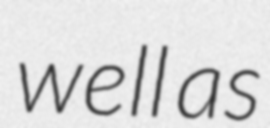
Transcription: well as